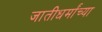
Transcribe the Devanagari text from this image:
जातीधर्मांच्या